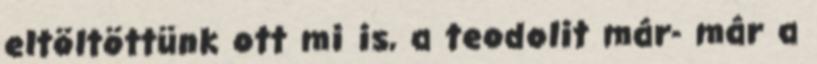
eltöltöttünk ott mi is, a teodolit már- már a